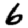
Digit: 6